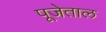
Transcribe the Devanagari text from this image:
पूजेताल